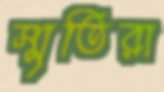
স্মৃতিরা